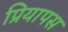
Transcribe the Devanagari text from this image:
प्रियापस